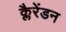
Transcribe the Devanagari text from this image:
क्लैरेंडन